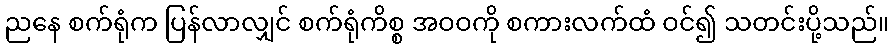
ညနေ စက်ရုံက ပြန်လာလျှင် စက်ရုံကိစ္စ အဝဝကို စကားလက်ထံ ဝင်၍ သတင်းပို့သည်။